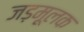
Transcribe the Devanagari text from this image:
जड़मूलक